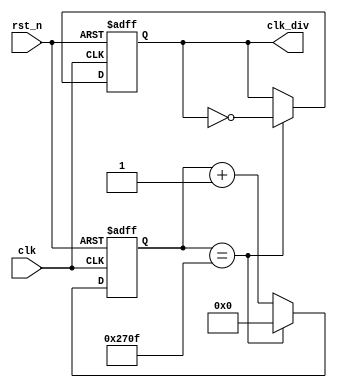
`timescale 1ns / 1ps
//////////////////////////////////////////////////////////////////////////////////
// Company: 
// Engineer: 
// 
// Design Name: 
// Module Name:    clock_divider 
// Project Name: 
// Target Devices: 
// Tool versions: 
// Description: 
//
// Dependencies: 
//
// Revision: 
// Revision 0.01 - File Created
// Additional Comments: 
//
//////////////////////////////////////////////////////////////////////////////////
module clock_divider (
  input wire rst_n,
  input wire clk,
  output reg clk_div
);

  parameter counter_width = 14;
  parameter half_cycle = 10000; // to generate a half clock period of 10000 cycles

  // internal signals
  reg [counter_width - 1:0] count, count_next;
  reg clk_div_next;

  always @* begin
    if (count == (half_cycle - 1)) begin
      count_next <= 0;
      clk_div_next <= ~clk_div;
    end else begin
      count_next <= count + 1'b1;
      clk_div_next <= clk_div;
    end
  end
  
  always @(posedge clk or negedge rst_n) begin
    if (!rst_n) begin
      count = 0;
      clk_div = 0;
    end else begin
      count = count_next;
      clk_div = clk_div_next;
    end
  end

endmodule